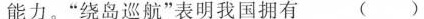
能力。”绕岛巡航”表明我国拥有( )